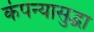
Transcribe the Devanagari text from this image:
कंपन्यासुद्धा